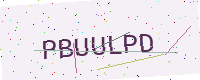
Text: PBUULPD